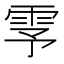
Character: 𬯺